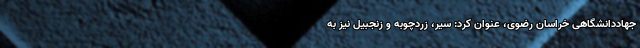
جهاددانشگاهی خراسان رضوی، عنوان کرد: سیر، زردچوبه و زنجبیل نیز به